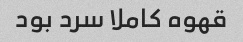
قهوه کاملا سرد بود